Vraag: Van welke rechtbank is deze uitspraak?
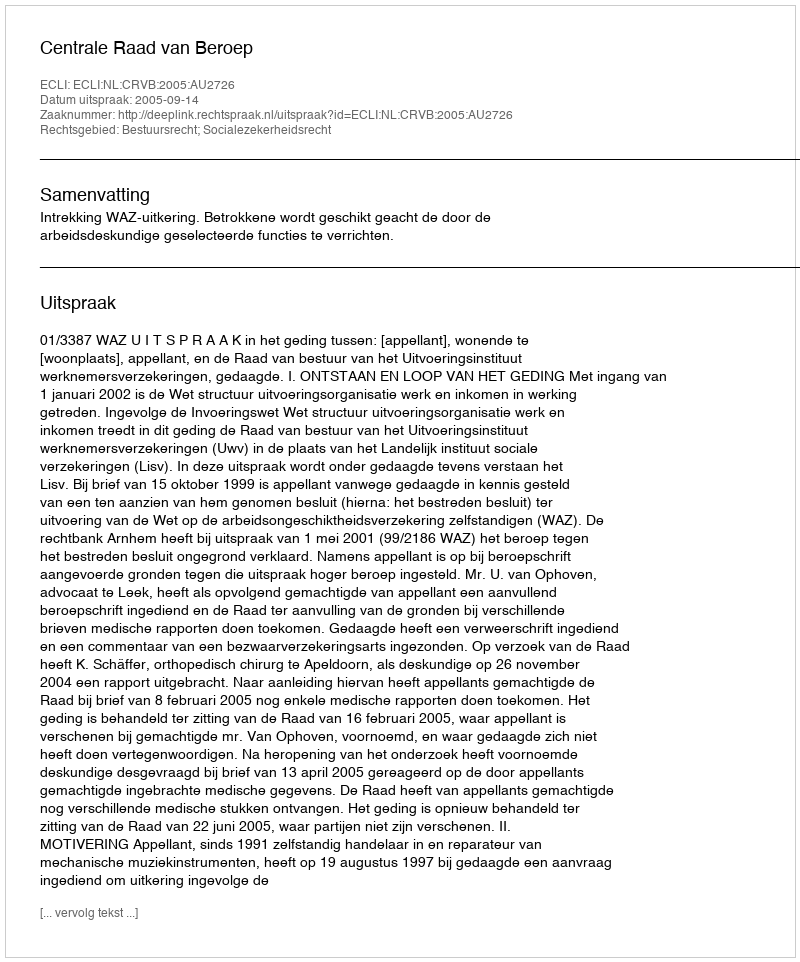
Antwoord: Centrale Raad van Beroep